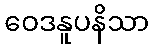
ဝေဒနူပနိသာ